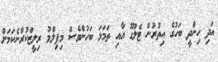
އަދި ހިންދީ ބަހުގެ އިތުރުން ޓެލުގޫ އާއި ތަމަޅަ ބަހުންވެސް މިފިލްމު ރިލީޒްކުރާނެކަމަށް